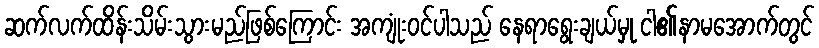
ဆက်လက်ထိန်းသိမ်းသွားမည်ဖြစ်ကြောင်း အကျုံးဝင်ပါသည် နေရာရွေးချယ်မှု ငါ၏နာမအောက်တွင်